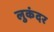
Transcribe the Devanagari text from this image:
लुकंदर